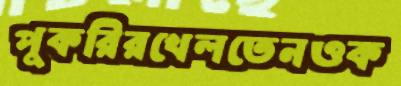
পুকরিরখেলতেনওক